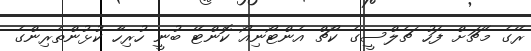
ރޭގެ މެޗަށް ފަހު ޗެލްސީގެ ކޯޗް އެންޓޯނިއޯ ކޮންޓޭ ބުނީ ހުރިހާ ކުޅުންތެރިންގެ